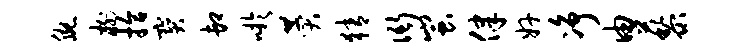
腕榭拾宝卸吁赞猜衙蚩律奸净由藜